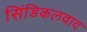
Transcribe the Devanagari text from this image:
सिंडिकलवाद